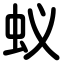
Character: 蚁